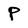
Character: P